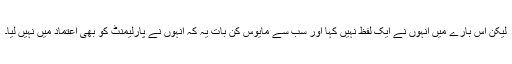
لیکن اس بارے میں انہوں نے ایک لفظ نہیں کہا اور سب سے مایوس کن بات یہ کہ انہوں نے پارلیمنٹ کو بھی اعتماد میں نہیں لیا۔